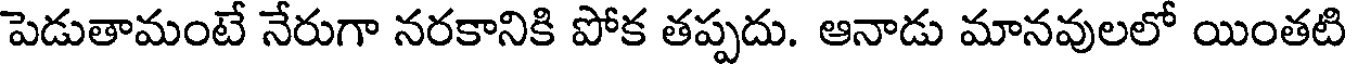
పెడుతామంటే నేరుగా నరకానికి పోక తప్పదు. ఆనాడు మానవులలో యింతటి